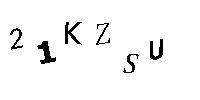
21KZSU